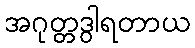
အဂုတ္တဒွါရတာယ